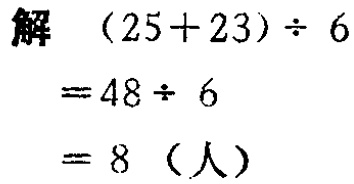
解 \((25 + 23)\div 6\)

\(= 48\div 6\)

\(= 8\)（人）